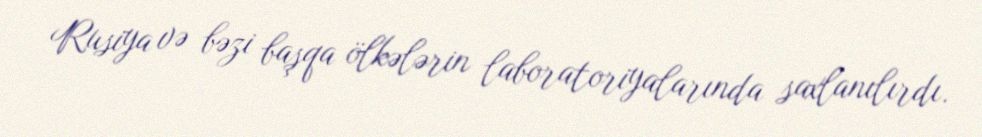
Rusiya və bəzi başqa ölkələrin laboratoriyalarında saxlanılırdı.